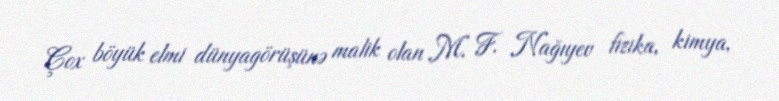
Çox böyük elmi dünyagörüşünə malik olan M. F. Nağıyev fizika, kimya,